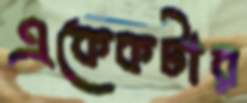
একেকটার